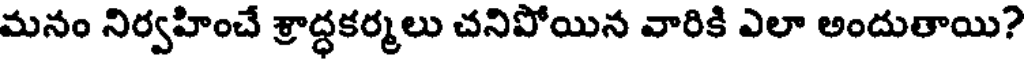
మనం నిర్వహించే శ్రాద్ధకర్మలు చనిపోయిన వారికి ఎలా అందుతాయి?